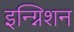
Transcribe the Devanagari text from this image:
इन्ग्निशन